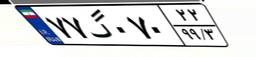
۷۷گ۰۷۰۲۲